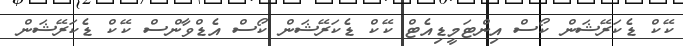
ކޭކް ޑެކަރޭޝަން ކޯސް އިންޓަމީޑިއެޓް ކޭކް ޑެކަރޭޝަން ކޯސް އެޑްވާންސް ކޭކް ޑެކަރޭޝަން